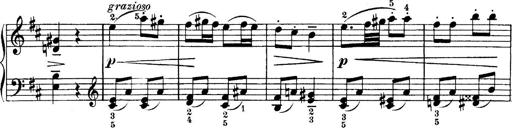
Title: 4 Sonatines
Composer: Max Reger